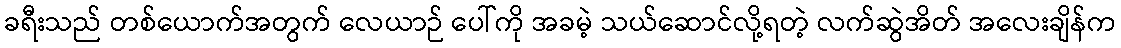
ခရီးသည် တစ်ယောက်အတွက် လေယာဉ် ပေါ်ကို အခမဲ့ သယ်ဆောင်လို့ရတဲ့ လက်ဆွဲအိတ် အလေးချိန်က